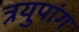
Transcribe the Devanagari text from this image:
त्रयुपांग